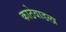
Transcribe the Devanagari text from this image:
काठेवाडला